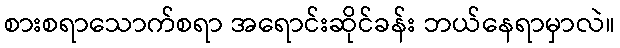
စားစရာသောက်စရာ အရောင်းဆိုင်ခန်း ဘယ်နေရာမှာလဲ။